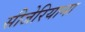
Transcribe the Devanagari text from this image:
सीजेरियाना